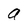
Character: a